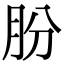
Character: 朌